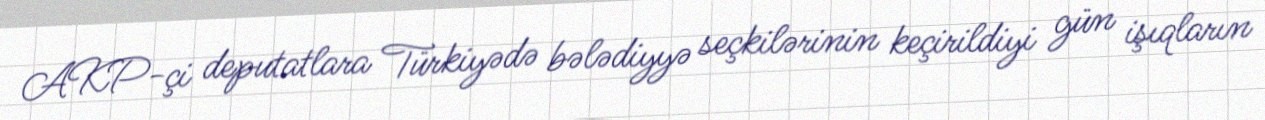
AKP-çi deputatlara Türkiyədə bələdiyyə seçkilərinin keçirildiyi gün işıqların